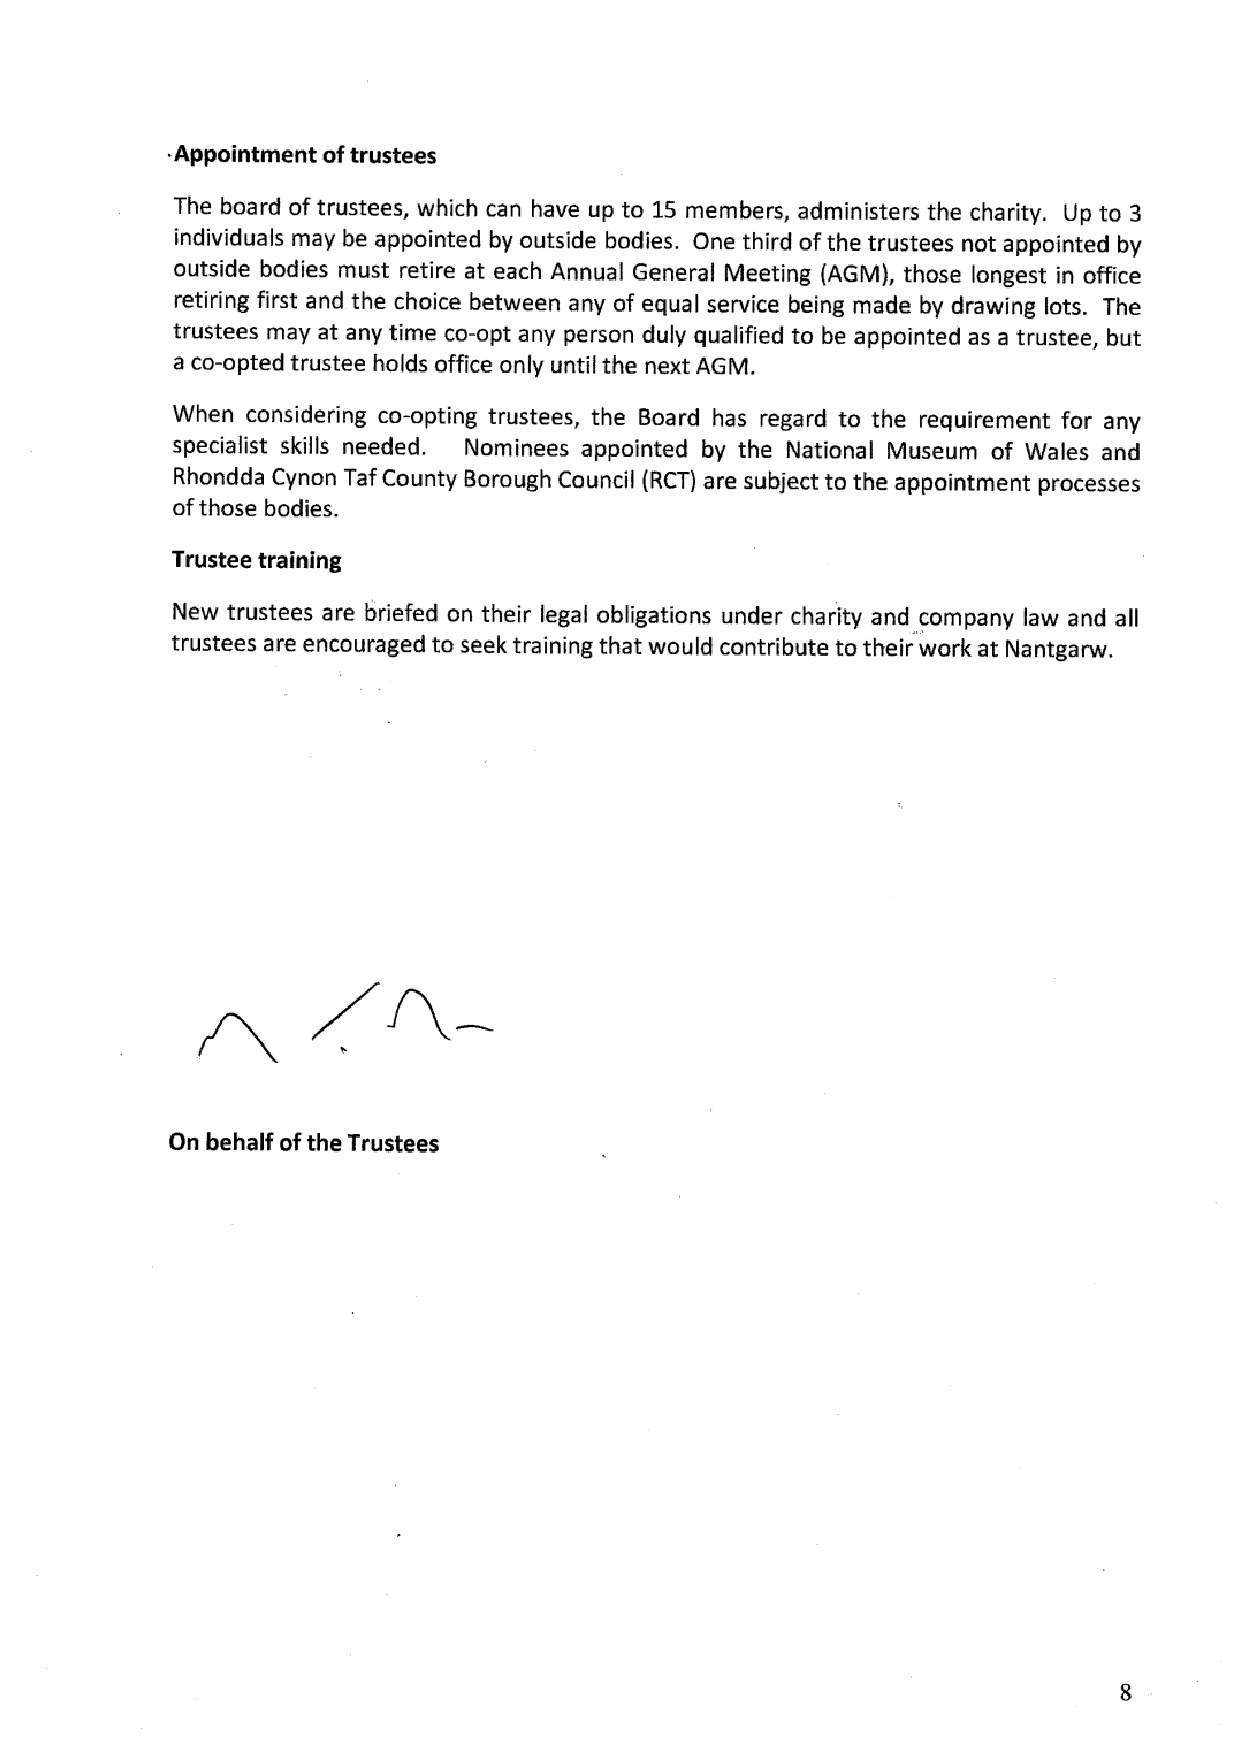
8